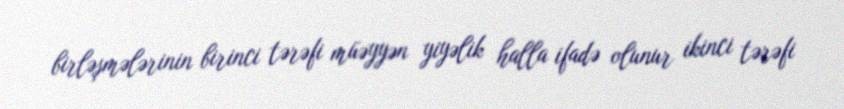
birləşmələrinin birinci tərəfi müəyyən yiyəlik halla ifadə olunur ikinci tərəfi